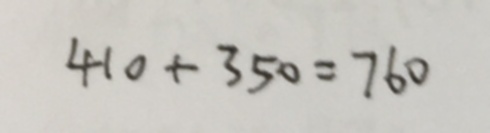
4 1 0 + 3 5 0 = 7 6 0